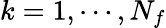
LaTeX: k=1,\cdots,N_{f}